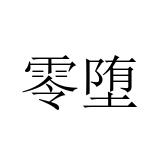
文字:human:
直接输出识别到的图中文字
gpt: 零堕